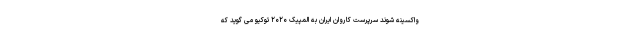
واکسینه شوند سرپرست کاروان ایران به المپیک ۲۰۲۰ توکیو می گوید که